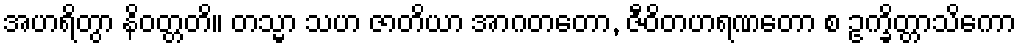
အဟရိတွာ နိဝတ္တတိ။ တသ္မာ သဟ ဇာတိယာ အာဂတတော, ဇီဝိတဟရဏတော စ ဥက္ခိတ္တာသိကော